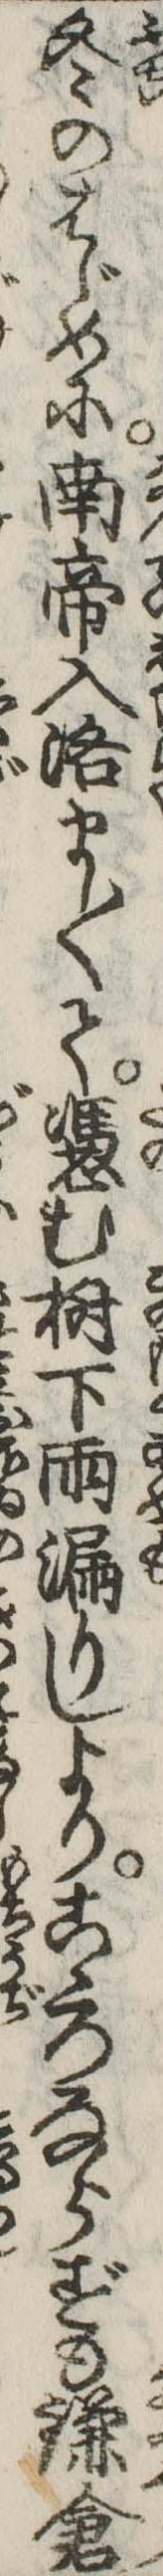
冬のはじめに南帝入洛まし〱て憑む樹下雨漏りしよりこゝろならずも鎌倉